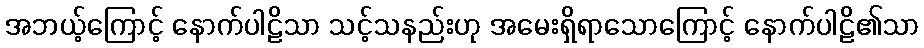
အဘယ့်ကြောင့် နောက်ပါဠိသာ သင့်သနည်းဟု အမေးရှိရာသောကြောင့် နောက်ပါဠိ၏သာ